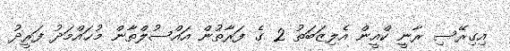
އިގިރޭސި ރާނީ ކްއީން އެލިޒަބަތު 2 ގެ ފަރާތުން އައްސުލްތާން މުޙައްމަދު ފަރީދު